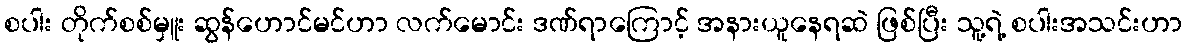
စပါး တိုက်စစ်မှူး ဆွန်ဟောင်မင်ဟာ လက်မောင်း ဒဏ်ရာကြောင့် အနားယူနေရဆဲ ဖြစ်ပြီး သူ့ရဲ့ စပါးအသင်းဟာ